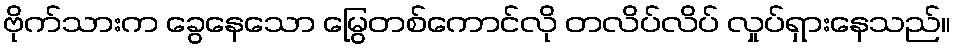
ဗိုက်သားက ခွေနေသော မြွေတစ်ကောင်လို တလိပ်လိပ် လှုပ်ရှားနေသည်။